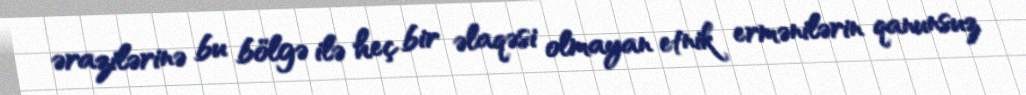
ərazilərinə bu bölgə ilə heç bir əlaqəsi olmayan etnik ermənilərin qanunsuz